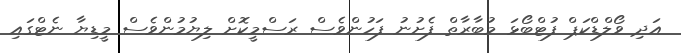
އަދި ވޯލްޑްކަޕް ފުޓްބޯޅަ މުބާރާތް ފެށުނު ފަހުންވެސް ރަސްމީކޮށް ލިޔުމުންވެސް މީޑިޔާ ނެޓްގައި